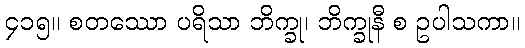
၄၁၅။ စတဿော ပရိသာ ဘိက္ခု၊ ဘိက္ခုနီ စ ဥပါသကာ။